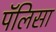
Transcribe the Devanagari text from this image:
पॅलिसा